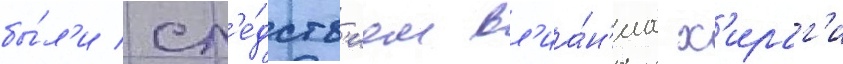
бы́л'и сл'е́дств'ием вл'иа́н'иа х'ираг'и